Vaccination in Bombay 1856-1862 - 1856-1862
Year: 1856
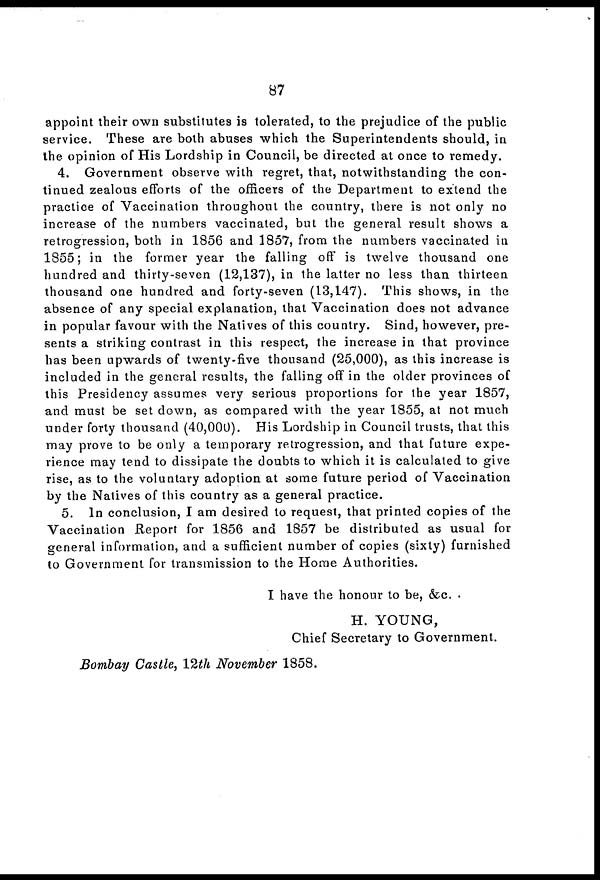
87
appoint their own substitutes is tolerated, to the prejudice of the public
service. These are both abuses which the Superintendents should, in
the opinion of His Lordship in Council, be directed at once to remedy.
4. Government observe with regret, that, notwithstanding the con-
tinued zealous efforts of the officers of the Department to extend the
practice of Vaccination throughout the country, there is not only no
increase of the numbers vaccinated, but the general result shows a
retrogression, both in 1856 and 1857, from the numbers vaccinated in
1855; in the former year the falling off is twelve thousand one
hundred and thirty-seven (12,137), in the latter no less than thirteen
thousand one hundred and forty-seven (13,147). This shows, in the
absence of any special explanation, that Vaccination does not advance
in popular favour with the Natives of this country. Sind, however, pre-
sents a striking contrast in this respect, the increase in that province
has been upwards of twenty-five thousand (25,000), as this increase is
included in the general results, the falling off in the older provinces of
this Presidency assumes very serious proportions for the year 1857,
and must be set down, as compared with the year 1855, at not much
under forty thousand (40,000). His Lordship in Council trusts, that this
may prove to be only a temporary retrogression, and that future expe-
rience may tend to dissipate the doubts to which it is calculated to give
rise, as to the voluntary adoption at some future period of Vaccination
by the Natives of this country as a general practice.
5. In conclusion, I am desired to request, that printed copies of the
Vaccination Report for 1856 and 1857 be distributed as usual for
general information, and a sufficient number of copies (sixty) furnished
to Government for transmission to the Home Authorities.
I have the honour to be, &c.
H. YOUNG,
Chief Secretary to Government.
Bombay Castle, 12th November 1858.